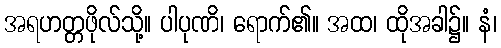
အရဟတ္တဖိုလ်သို့။ ပါပုဏိ၊ ရောက်၏။ အထ၊ ထိုအခါ၌။ နံ၊